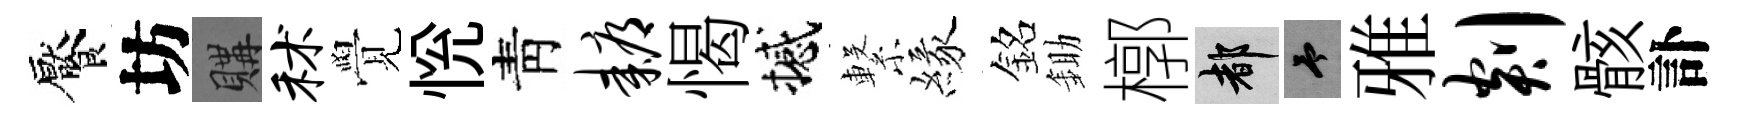
饜坊購秫覺恱靑耨愒撼繋緣銘鋤槨都予雅剡骸訃